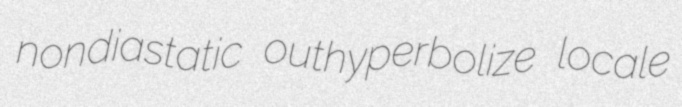
nondiastatic outhyperbolize locale